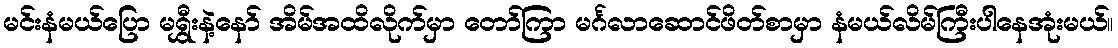
မင်းနံမယ်ပြော မရွှီးနဲ့နော် အိမ်အထိလိုက်မှာ တော်ကြာ မင်္ဂလာဆောင်ဖိတ်စာမှာ နံမယ်လိမ်ကြီးပါနေအုံးမယ်။